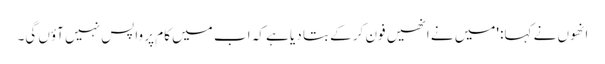
انھوں نے کہا: 'میں نے انھیں فون کر کے بتا دیا ہے کہ اب میں کام پر واپس نہیں آؤں گی۔